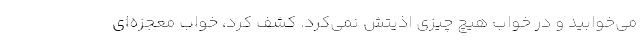
مي‌خوابيد و در خواب هيچ‌ چيزي اذيتش نمي‌كرد. كشف كرد، خواب معجزه‌اي